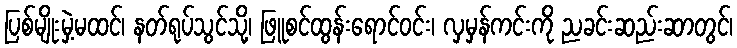
ပြစ်မျိုးမှဲ့မထင်၊ နတ်ရုပ်သွင်သို့၊ ဖြူစင်ထွန်းရောင်ဝင်း၊ လှမှန်ကင်းကို ညခင်းဆည်းဆာတွင်၊